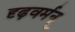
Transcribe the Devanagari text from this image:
दृढ़वर्मन्